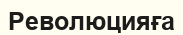
Революцияға